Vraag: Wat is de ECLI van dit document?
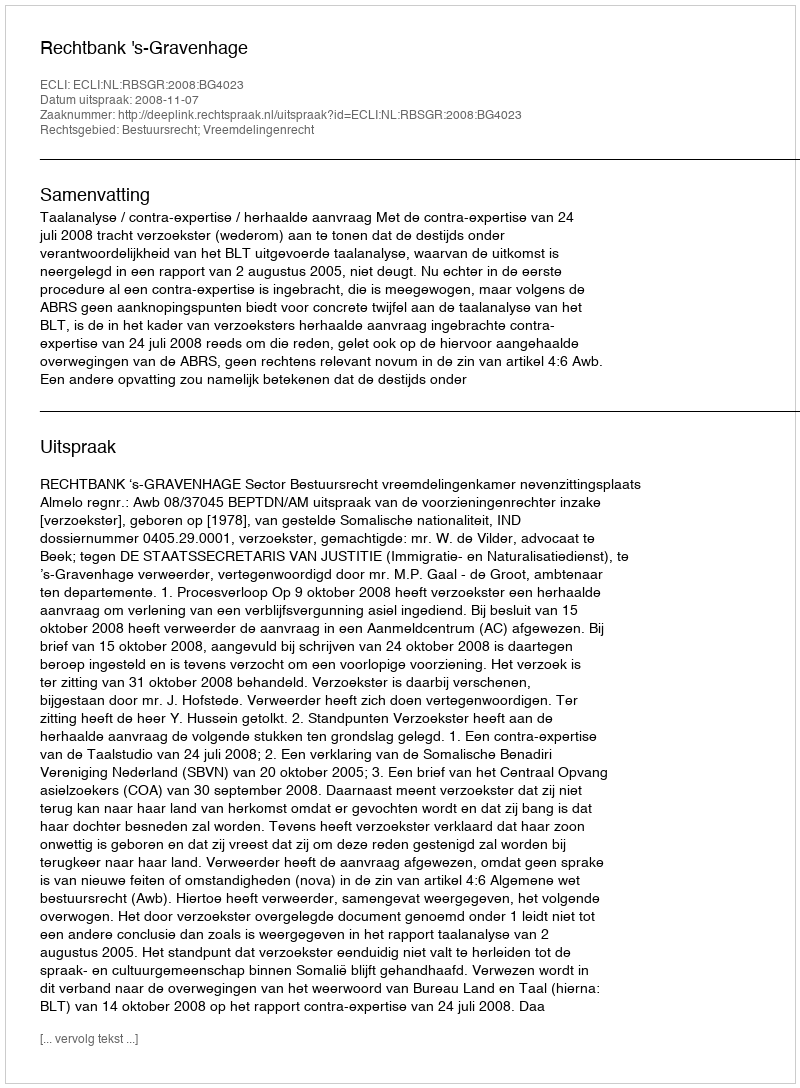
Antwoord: ECLI:NL:RBSGR:2008:BG4023